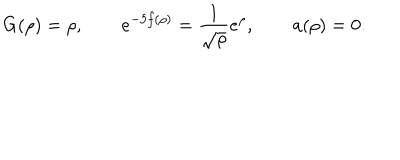
LaTeX: G ( \rho ) = \rho , \qquad e ^ { - 5 f ( \rho ) } = \frac { 1 } { \sqrt { \rho } } e ^ { \rho } , \qquad a ( \rho ) = 0 .